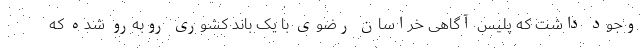
وجود داشت که پلیس آگاهی خراسان رضوی با یک باند کشوری روبه‌رو شده که